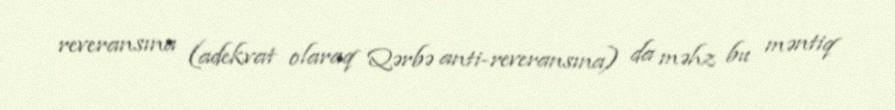
reveransına (adekvat olaraq Qərbə anti-reveransına) da məhz bu məntiq